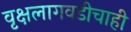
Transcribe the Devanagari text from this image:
वृक्षलागवडीचाही